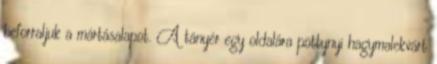
beforraljuk a mártásalapot. A tányér egy oldalára pöttynyi hagymalekvárt